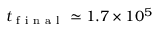
t _ { \mathrm { ~ f ~ i ~ n ~ a ~ l ~ } } \simeq 1 . 7 \times 1 0 ^ { 5 }